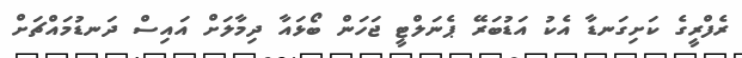
ރެފްރީގެ ކަށިގަނޑާ އެކު އަޑުބަރޭ ޕެނަލްޓީ ޖަހަން ބޯޅައާ ދިމާލަށް އައިސް ދަނޑުމައްޗަށް